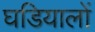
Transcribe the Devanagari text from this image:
घडियालों